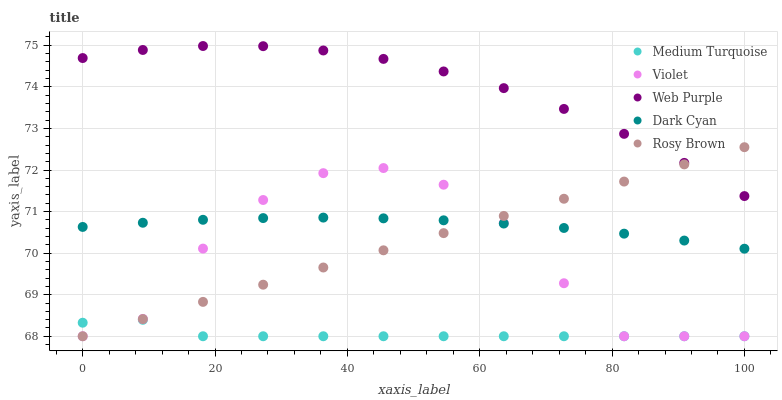
| xaxis_label | Medium Turquoise | Violet | Web Purple | Dark Cyan | Rosy Brown |
 | --- | --- | --- | --- | --- | --- |
 | 0 | 68.3 | 68 | 74.7 | 70.6 | 68 |
 | 9.09 | 68.4 | 68.4 | 74.9 | 70.7 | 68.4 |
 | 18.2 | 68 | 70.1 | 75 | 70.8 | 68.8 |
 | 27.3 | 68 | 71.3 | 75 | 70.8 | 69.2 |
 | 36.4 | 68 | 71.9 | 74.9 | 70.9 | 69.7 |
 | 45.5 | 68 | 72 | 74.7 | 70.8 | 70.1 |
 | 54.5 | 68 | 71.6 | 74.4 | 70.8 | 70.5 |
 | 63.6 | 68 | 70.7 | 74 | 70.7 | 70.9 |
 | 72.7 | 68 | 69.3 | 73.5 | 70.6 | 71.3 |
 | 81.8 | 68 | 68 | 72.9 | 70.5 | 71.7 |
 | 90.9 | 68 | 68 | 72.2 | 70.3 | 72.1 |
 | 100 | 68 | 68 | 71.4 | 70.1 | 72.5 |